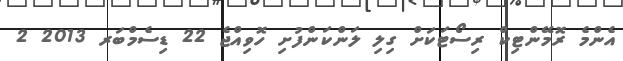
އެންމެ ރޮމޭންޓިކް ރިސޯޓަކަށް ގިލި ލަންކަންފުށި ހޮވިއްޖެ 22 ޑިސެމްބަރ 2013 2